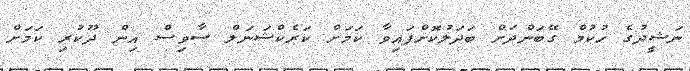
ނަޝީދުގެ ހުކުމް ގޭބަންދަށް ބަދަލުކޮށްފައިވާ ކަމަށް ކަރެކްޝަނަލް ސާވިސް އިން ދޫކުރި ކަމަށް